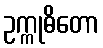
ဥက္ကုဓိတော